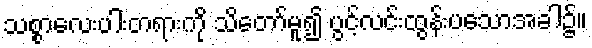
သစ္စာလေးပါးတရားကို သိတော်မူ၍ ပွင့်လင်းထွန်းပသောအခါ၌။